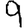
Digit: 9